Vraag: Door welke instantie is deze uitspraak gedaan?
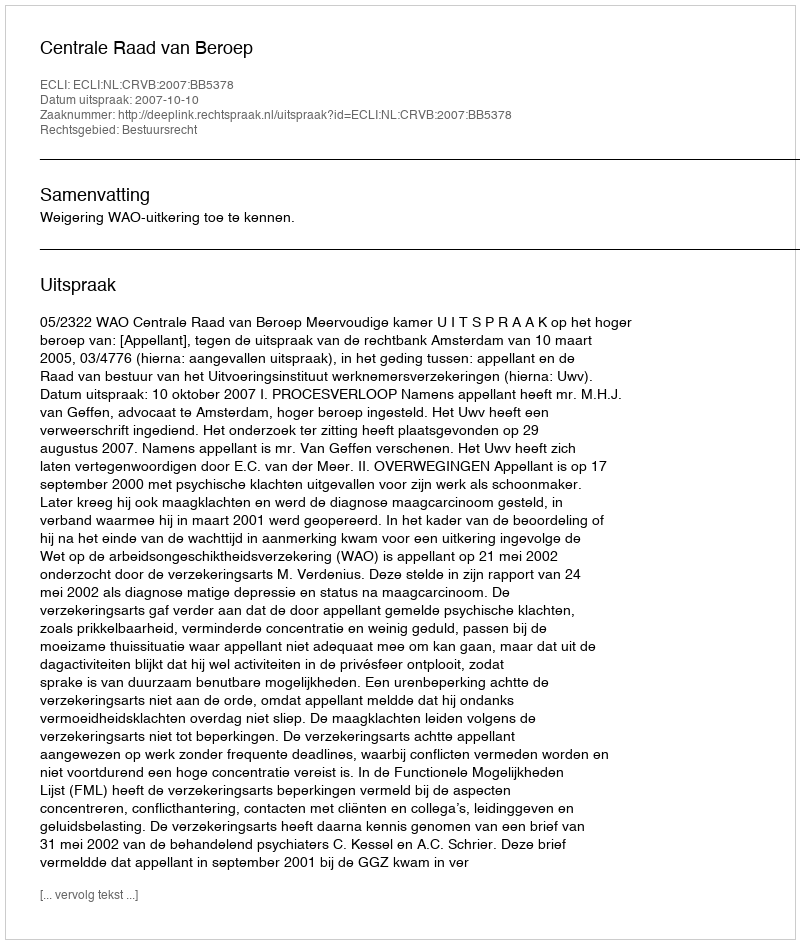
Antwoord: Centrale Raad van Beroep